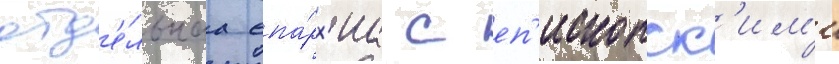
отд'е́льнаа епа́рх'иа с еп'ископск'им'и